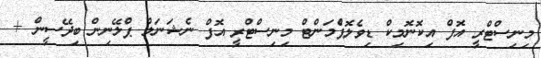
މިނިސްޓްރީ އޮފް އިކޮނޮމިކް ޑިވެލޮޕްެމަންޓް މިނިސްޓްރީ އޮފް ނެޝަނަލް ޕްލޭނިން ބިދޭސީން +